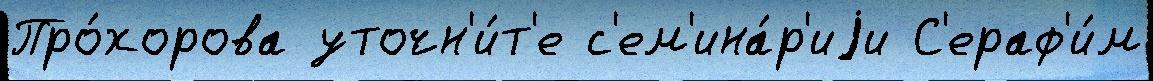
Про́хорова уточн'и́т'е с'ем'ина́р'иjи С'ераф'и́м